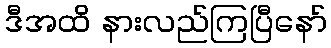
ဒီအထိ နားလည်ကြပြီနော်